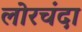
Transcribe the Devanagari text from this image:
लोरचंदा